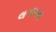
લગાવવા